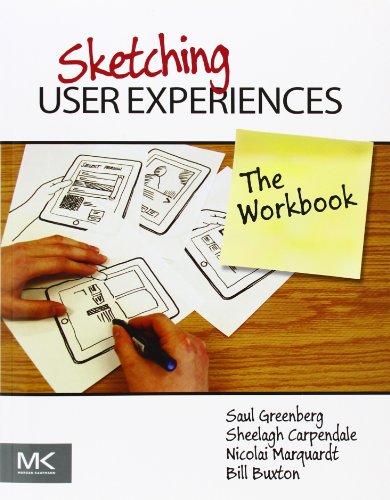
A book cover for Sketching User Experiences: The Workbook; Saul Greenberg; Engineering & Transportation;